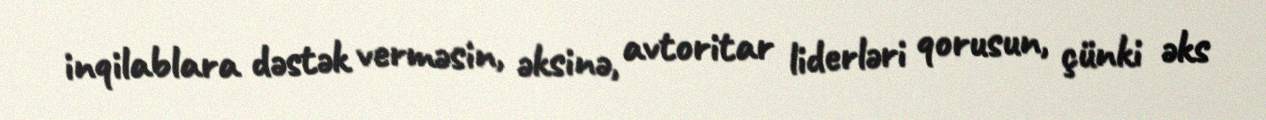
inqilablara dəstək verməsin, əksinə, avtoritar liderləri qorusun, çünki əks